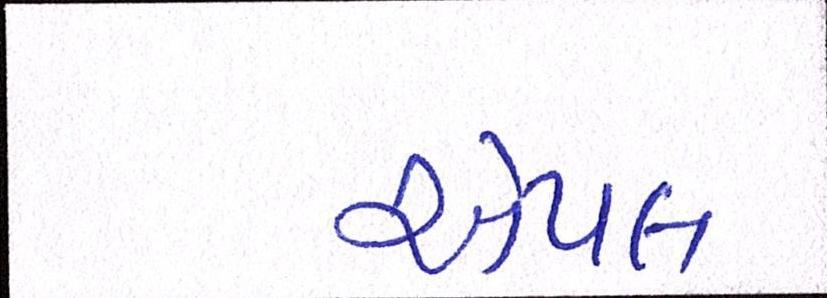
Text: એપલ